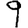
Digit: 9